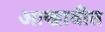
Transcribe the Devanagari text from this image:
आखावीत